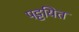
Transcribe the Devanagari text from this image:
पट्टयित